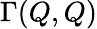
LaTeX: \Gamma(Q,Q)